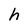
Character: h